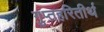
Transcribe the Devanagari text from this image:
गुप्तहरितीर्थ